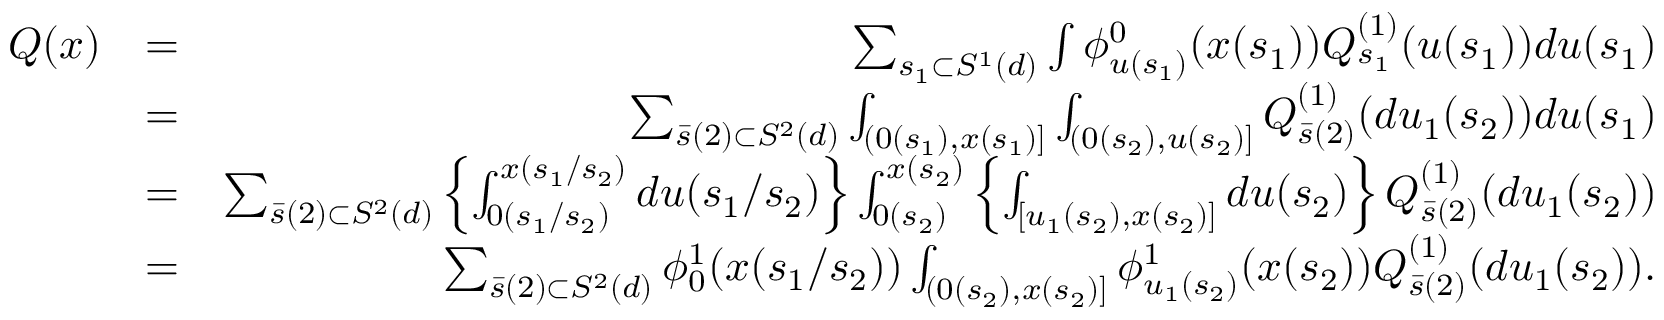
\begin{array} { r l r } { Q ( x ) } & { = } & { \sum _ { s _ { 1 } \subset { \cal S } ^ { 1 } ( d ) } \int \phi _ { u ( s _ { 1 } ) } ^ { 0 } ( x ( s _ { 1 } ) ) Q _ { s _ { 1 } } ^ { ( 1 ) } ( u ( s _ { 1 } ) ) d u ( s _ { 1 } ) } \\ & { = } & { \sum _ { \bar { s } ( 2 ) \subset { \cal S } ^ { 2 } ( d ) } \int _ { ( 0 ( s _ { 1 } ) , x ( s _ { 1 } ) ] } \int _ { ( 0 ( s _ { 2 } ) , u ( s _ { 2 } ) ] } Q _ { \bar { s } ( 2 ) } ^ { ( 1 ) } ( d u _ { 1 } ( s _ { 2 } ) ) d u ( s _ { 1 } ) } \\ & { = } & { \sum _ { \bar { s } ( 2 ) \subset { \cal S } ^ { 2 } ( d ) } \left\{ \int _ { 0 ( s _ { 1 } / s _ { 2 } ) } ^ { x ( s _ { 1 } / s _ { 2 } ) } d u ( s _ { 1 } / s _ { 2 } ) \right\} \int _ { 0 ( s _ { 2 } ) } ^ { x ( s _ { 2 } ) } \left\{ \int _ { [ u _ { 1 } ( s _ { 2 } ) , x ( s _ { 2 } ) ] } d u ( s _ { 2 } ) \right\} Q _ { \bar { s } ( 2 ) } ^ { ( 1 ) } ( d u _ { 1 } ( s _ { 2 } ) ) } \\ & { = } & { \sum _ { \bar { s } ( 2 ) \subset { \cal S } ^ { 2 } ( d ) } \phi _ { 0 } ^ { 1 } ( x ( s _ { 1 } / s _ { 2 } ) ) \int _ { ( 0 ( s _ { 2 } ) , x ( s _ { 2 } ) ] } \phi _ { u _ { 1 } ( s _ { 2 } ) } ^ { 1 } ( x ( s _ { 2 } ) ) Q _ { \bar { s } ( 2 ) } ^ { ( 1 ) } ( d u _ { 1 } ( s _ { 2 } ) ) . } \end{array}